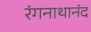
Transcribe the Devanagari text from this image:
रंगनाथानंद